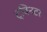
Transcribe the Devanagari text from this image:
ट्विनटर